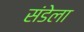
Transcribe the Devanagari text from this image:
संडेला